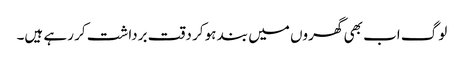
لوگ اب بھی گھروں میں بند ہو کر دقت برداشت کر رہے ہیں۔